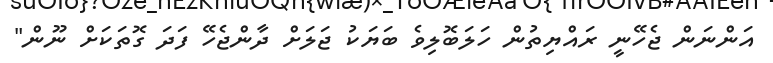
އަންނަން ޖެހޭނީ ރައްޔިތުން ހަލަބޮލިވެ ބަޔަކު ޖަލަށް ދާންޖެހޭ ފަދަ ގޮތަކަށް ނޫން"